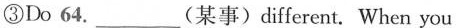
③Do 64. ___ (某事)different. When you